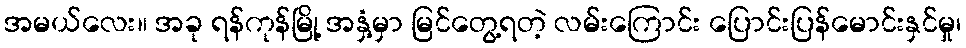
အမယ်လေး။ အခု ရန်ကုန်မြို့ အနှံ့မှာ မြင်တွေ့ရတဲ့ လမ်းကြောင်း ပြောင်းပြန်မောင်းနှင်မှု၊